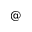
@